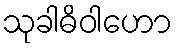
သုခါဓိဝါဟော